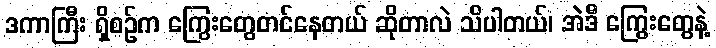
ဒကာကြီး ရှိစဉ်က ကြွေးတွေတင်နေတယ် ဆိုတာလဲ သိပါတယ်၊ အဲဒီ ကြွေးတွေနဲ့